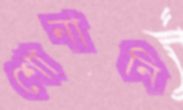
শোনানি